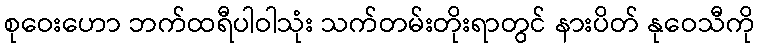
စုဝေးဟော ဘက်ထရီပါဝါသုံး သက်တမ်းတိုးရာတွင် နားပိတ် နုဝေသီကို